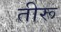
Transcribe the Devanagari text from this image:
तीरू